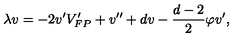
\lambda v = - 2 v ^ { \prime } V _ { F P } ^ { \prime } + v ^ { \prime \prime } + d v - \frac { d - 2 } { 2 } \varphi v ^ { \prime } ,